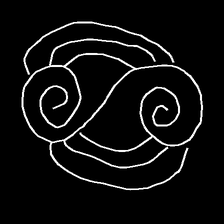
Glyph: wind-underfoot